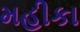
મહીકા